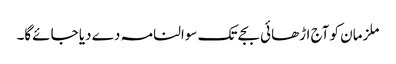
ملزمان کو آج اڑھائی بجے تک سوالنامہ دے دیا جائےگا۔